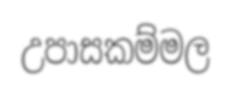
උපාසකම්මල